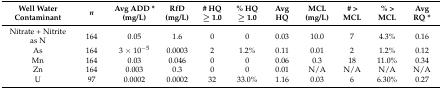
<table><thead><tr><td><b>Well Water Contaminant</b></td><td><b><i>n</i></b></td><td><b>Avg ADD * (mg/L)</b></td><td><b>RfD (mg/L)</b></td><td><b># HQ ≥ 1.0</b></td><td><b>% HQ ≥ 1.0</b></td><td><b>Avg HQ</b></td><td><b>MCL (mg/L)</b></td><td><b># &gt; MCL</b></td><td><b>% &gt; MCL</b></td><td><b>Avg RQ * </b></td></tr></thead><tbody><tr><td>Nitrate + Nitrite as N</td><td>164</td><td>0.05</td><td>1.6</td><td>0</td><td>0</td><td>0.03</td><td>10.0</td><td>7</td><td>4.3%</td><td>0.16</td></tr><tr><td>As</td><td>164</td><td>3 × 10<sup>−5</sup></td><td>0.0003</td><td>2</td><td>1.2%</td><td>0.11</td><td>0.01</td><td>2</td><td>1.2%</td><td>0.12</td></tr><tr><td>Mn</td><td>164</td><td>0.03</td><td>0.046</td><td>0</td><td>0</td><td>0.06</td><td>0.3</td><td>18</td><td>11.0%</td><td>0.34</td></tr><tr><td>Zn</td><td>164</td><td>0.003</td><td>0.3</td><td>0</td><td>0</td><td>0.01</td><td>N/A</td><td>N/A</td><td>N/A</td><td>N/A</td></tr><tr><td>U</td><td>97</td><td>0.0002</td><td>0.0002</td><td>32</td><td>33.0%</td><td>1.16</td><td>0.03</td><td>6</td><td>6.30%</td><td>0.27</td></tr></tbody></table>